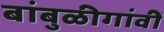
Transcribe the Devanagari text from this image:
बांबुळीगांवीं